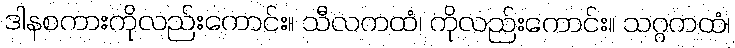
ဒါနစကားကိုလည်းကောင်း။ သီလကထံ၊ ကိုလည်းကောင်း။ သဂ္ဂကထံ၊